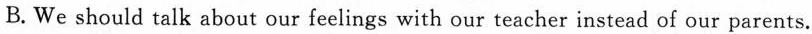
B.We should talk about ourfeelings with our teacher instead of our parents.